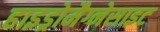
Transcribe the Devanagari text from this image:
हाइड्रोमैग्नेसाइट